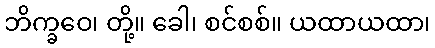
ဘိက္ခဝေ၊ တို့။ ခေါ၊ စင်စစ်။ ယထာယထာ၊